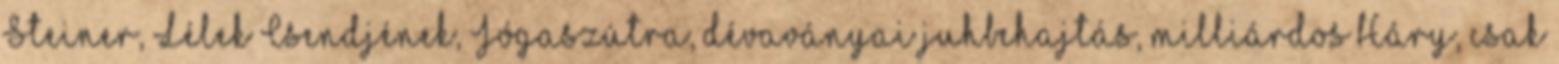
Steiner, Lélek Csendjének, Jógaszútra, dévaványai juhbehajtás, milliárdos Háry, csak